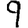
Digit: 9